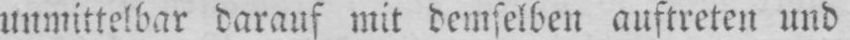
unmittelbar darauf mit demselben auftreten und